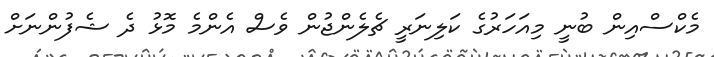
މެކްސްއިން ބުނީ މިއަހަރުގެ ކަލިނަރީ ޗެލެންޖުން ވެސް އެންމެ މޮޅު ދެ ޝެފުންނަށް